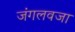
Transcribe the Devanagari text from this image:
जंगलवजा